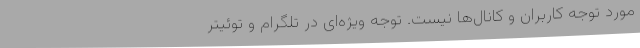
مورد توجه کاربران و کانال‌ها نیست. توجه ویژه‌ای در تلگرام و توئیتر